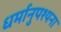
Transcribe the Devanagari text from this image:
धर्मानुपश्यना